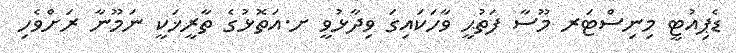
ޑެޕިއުޓީ މިނިސްޓަރ މޫސާ ފަތުޙީ ވާހަކައިގަ ވިދާޅުވީ ށ.އަތޮޅުގެ ތާރީޚަކީ ނަމޫނާ ރަށްވެހި